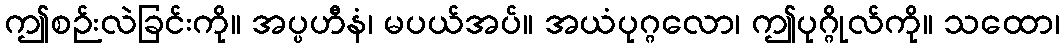
ဤစဉ်းလဲခြင်းကို။ အပ္ပဟီနံ၊ မပယ်အပ်။ အယံပုဂ္ဂလော၊ ဤပုဂ္ဂိုလ်ကို။ သထော၊